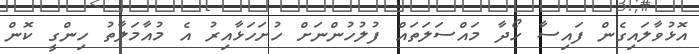
އޮޅުވާލައިގެން ފައިސާ ހޯދާ މައްސަލަތައް ފުލުހުންނަށް ހުށަހަޅާއިރު އެ މުއާމަލާތު ހިންގީ ކޮން